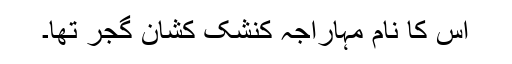
اس کا نام مہاراجہ کنشک کشان گجر تھا۔